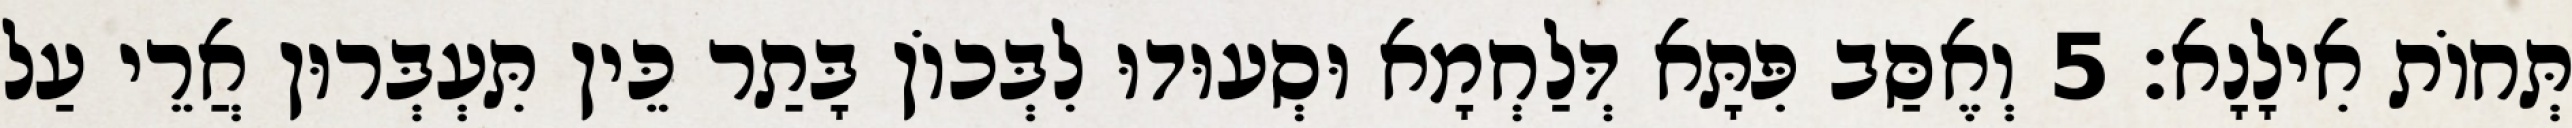
תְּחוֹת אִילָנָא׃ 5 וְאֶסַּב פִּתָּא דְּלַחְמָא וּסְעוּדוּ לִבְּכוֹן בָּתַר כֵּין תִּעְבְּרוּן אֲרֵי עַל